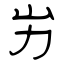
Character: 屴